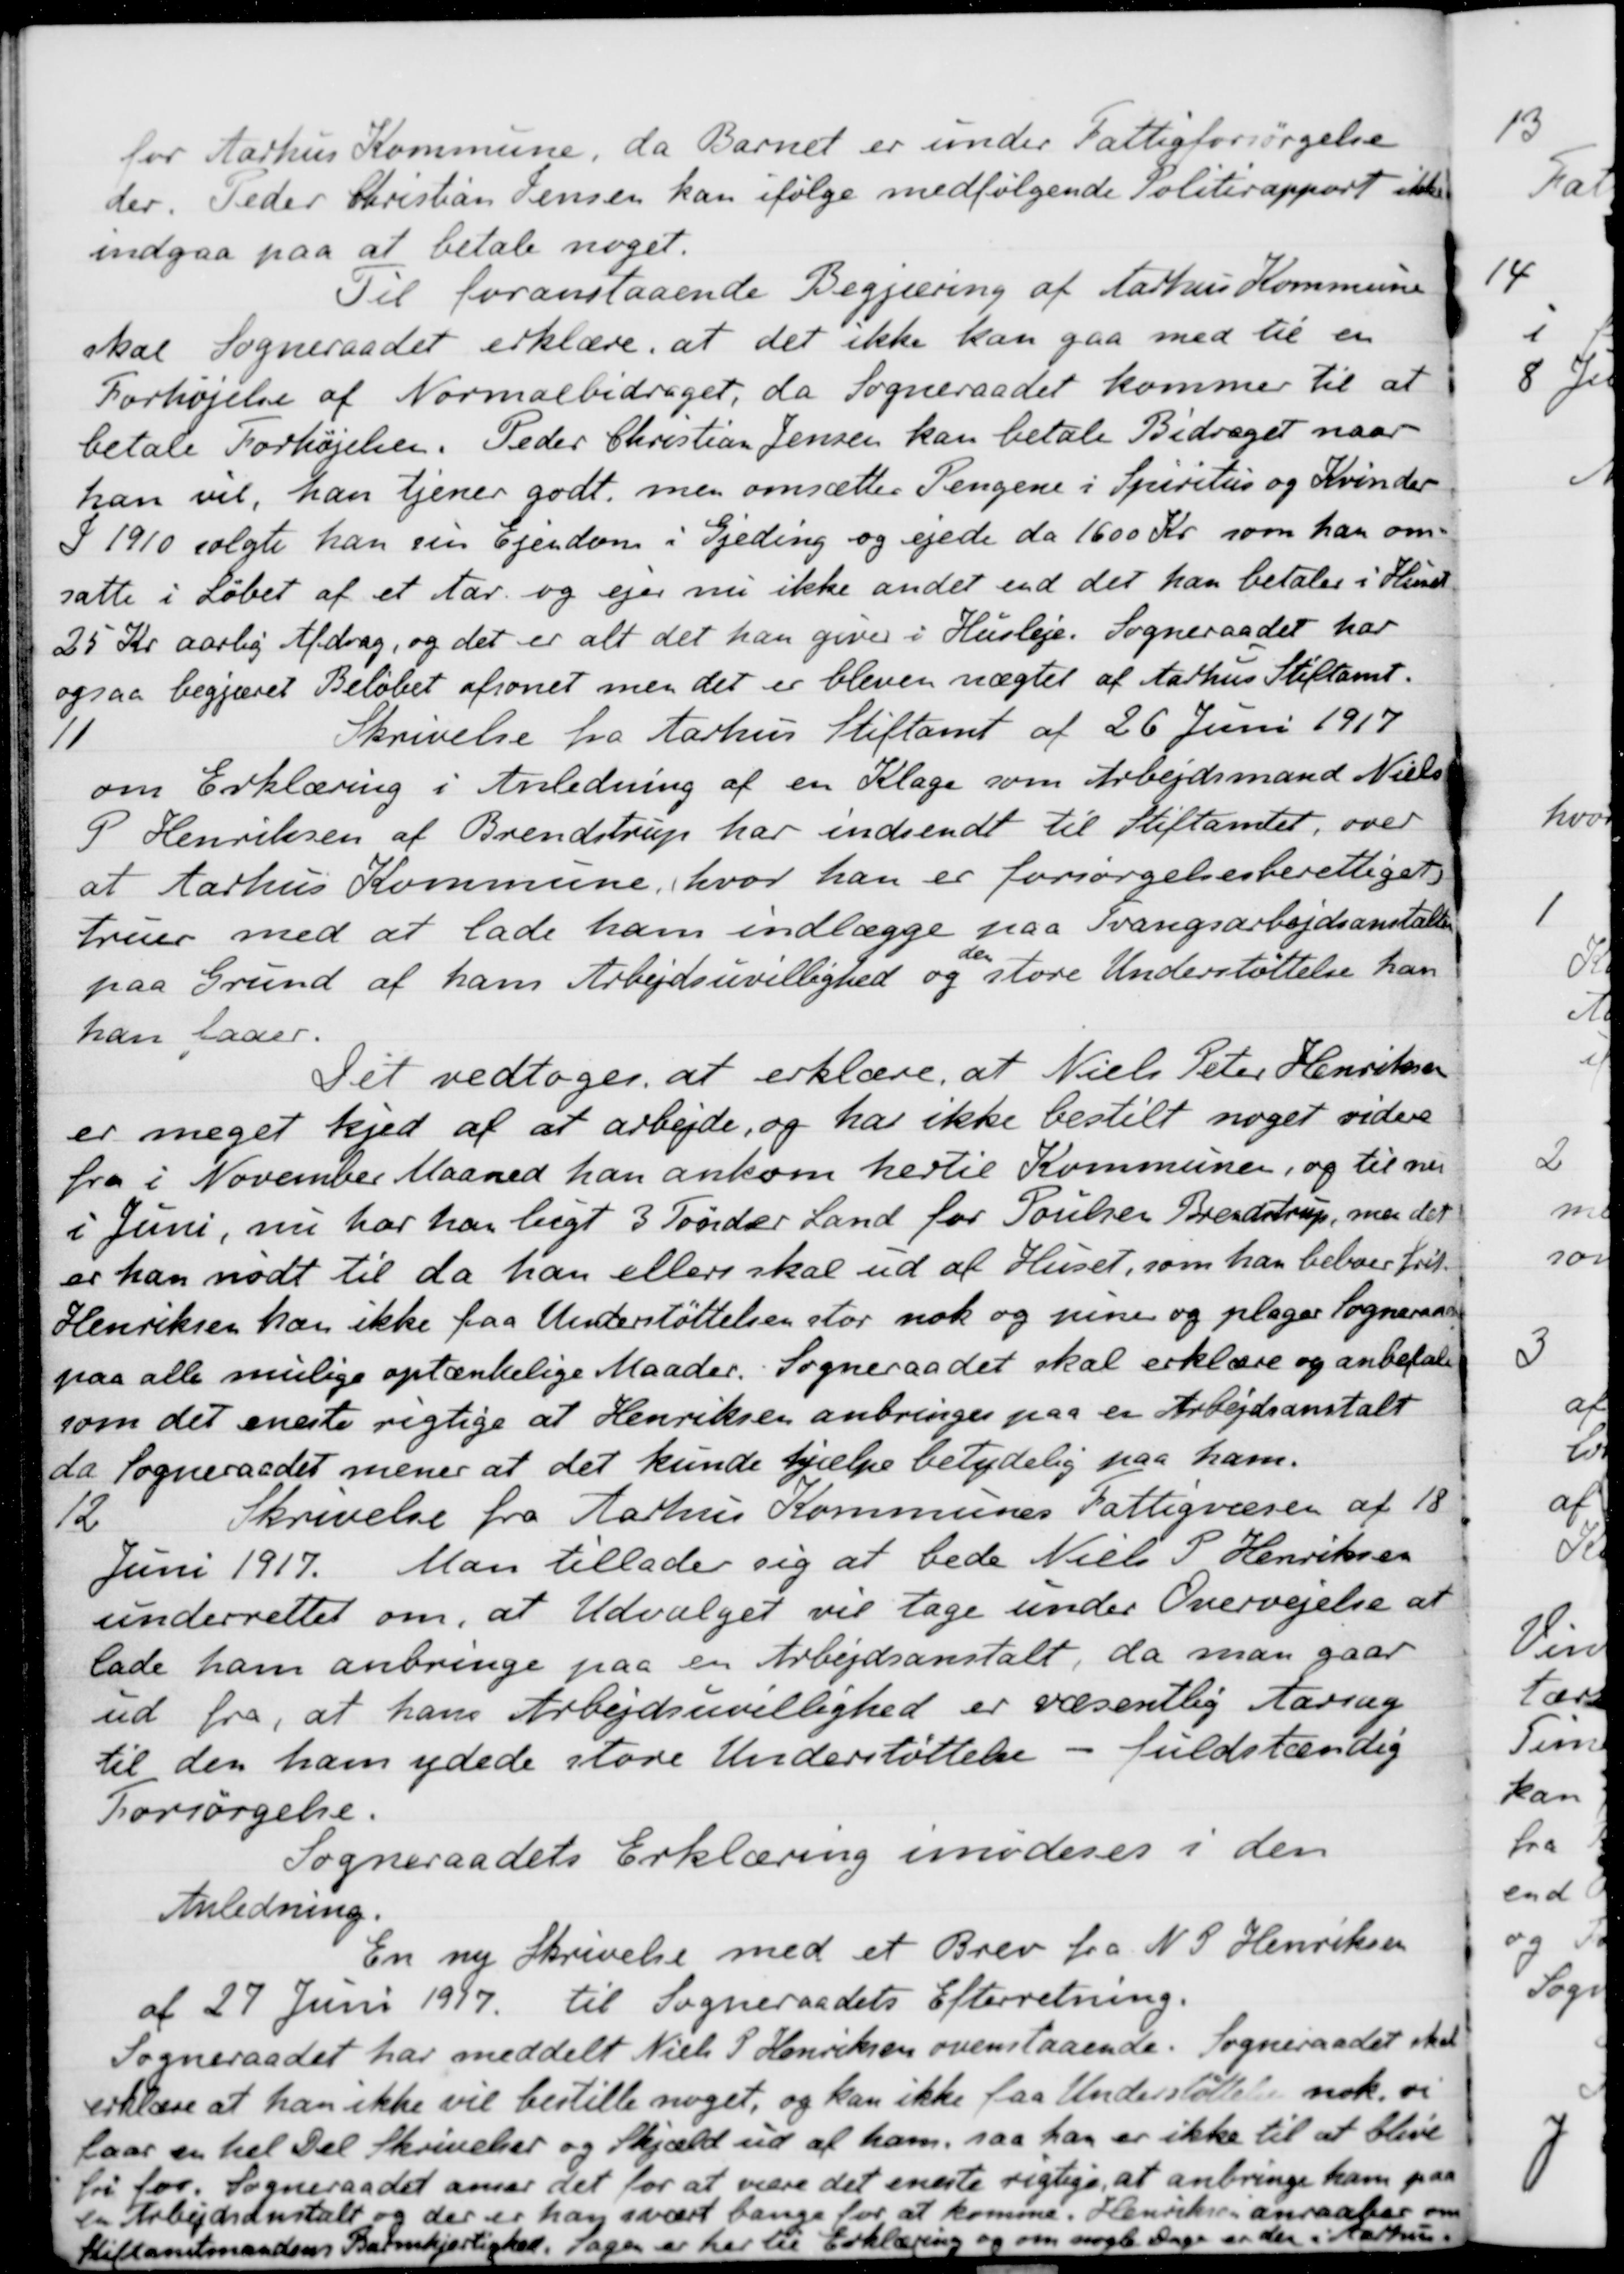
Transskription:
for Aarhus Kommune, da Barnet er under Fattigforsørgelse
der. Peder Christian Jensen kan ifølge medfølgende Politirapport ikke
indgaa paa at betale noget.
Til foranstaaende Begjæring af Aarhus Kommune
skal Sogneraadet erklære, at det ikke kan gaa med til en
Forhøjelse af Normalbidraget, da Sogneraadet kommer til at
betale Forhøjelsen. Peder Christian Jensen kan betale Bidraget naar
han vil, han tjener godt, men omsætter Pengene i Spiritus og Kvinder
I 1910 solgte han sin Ejendom i Gjeding og ejede da 1600 Kr som han om-
satte i Løbet af et Aar. og ejer nu ikke andet end det han betaler i Huset
25 Kr aarlig Afdrag, og det er alt det han give i Husleje. Sogneraadet har
ogsaa begjæret Beløbet afsonet men det er bleven nægtet af Aarhus Stiftamt.
11
Skrivelse fra Aarhus Stiftamt af 26 Juni 1917
om Erklæring i Anledning af en Klage som Arbejdsmand Niels
P Henriksen af Brendstrup har indsendt til Stiftamtet, over
at Aarhus Kommune, hvor han er forsørgelsesberettiget
truer med at lade ham indlægge paa Tvangsarbejdsanstalten
paa Grund af hans Arbejdsuvillighed og
den
store Understøttelse han
har faaer.
Det vedtoges at erklære, at Niels Peter Henriksen
er meget kjed af at arbejde, og har ikke bestilt noget videre
fra i November Maaned han ankom hertil Kommunen, og til nu
i Juni, nu har har lugt 3 Tønder Land for Poulsen Brendstrup, men det
er han nødt til da han ellers skal ud af Huset, som han beboer frit.
Henriksen kan ikke paa Understøttelsen stor nok og piner og plager Sogneraadet
paa alle mulige optænkelige Maader. Sogneraadet skal erklære og anbefale
som det eneste rigtige at Henriksen anbringes paa en Arbejdsanstalt
da Sogneraadet mener at det kunde hjælpe betydelig paa ham.
12
Skrivelse fra Aarhus Kommunes Fattigvæsen af 18
Juni 1917. Man tillader sig at bede Niels P Henriksen
underrettet om, at Udvalget vil tage under Overvejelse at
lade ham anbringe paa en Arbejdsanstalt, da man gaar
ud fra, at hans Arbejdsuvillighed er væsentlig Aarsag
til den ham ydede store Understøttelse
fuldstændig
Forsørgelse.
Sogneraadets Erklæring imødeses i den
Anledning.
En ny Skrivelse med et Brev fra N. P Henriksen
af 27 Juni 1917
til Sogneraadets Efterretning.
Sogneraadet har meddelt Niels P Henriksen ovenstaaende. Sogneraadet skal
erklære at han ikke vil bestille noget, og kan ikke faa Understøttelse nok. vi
laar en hel Del Skrivelser og Skjæld ud af ham, saa han er ikke til at blive
fri for. Sogneraadet anser det for at være det eneste rigtige, at anbringe ham paa
en Arbejdsanstalt og der er han svært bange for at komme. Henriksen anraaber om
Stiftamtmandens Bamhjertighed, Sagen er her til Erklæring og om nogle Dage er den i Aarhus.